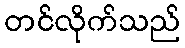
တင်လိုက်သည်